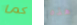
كما هذه